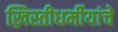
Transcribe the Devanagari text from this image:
ख्रिस्तीधर्मीयांचे